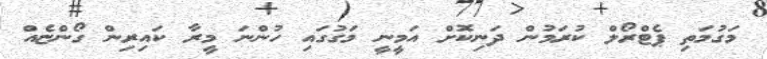
މަގުމަތި ޕެޓްރޯލް ކުރަމުން ދަނިކޮށް އަމީނީ މަގުގައި ހުންނަ މީރާ ކައިރިން ގޯންޏެއް